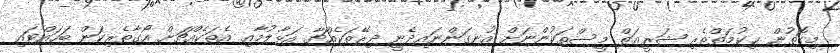
މިގޮތުން ޙިކުމަތްތެރި ޝަރީޢަތް މީސްތަކުންނަށް އުނގަންނައިދެނީ ދިރޭތަކެއްޗާ އަޅާލުމާއި އެތަކެއްޗަށް އޯގާތެރިކަން ބަހައްޓައި